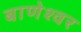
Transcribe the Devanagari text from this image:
बाणेश्‍वर